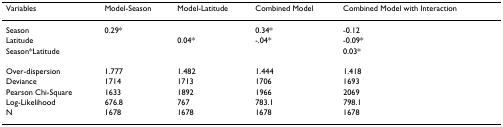
| Variables | Model-Season | Model-Latitude | Combined Model | Combined Model with Interaction |
 | --- | --- | --- | --- | --- |
 | Season | 0.29* |  | 0.34* | -0.12 |
 | Latitude |  | 0.04* | -.04* | -0.09* |
 | Season*Latitude |  |  |  | 0.03* |
 | Over-dispersion | 1.777 | 1.482 | 1.444 | 1.418 |
 | Deviance | 1714 | 1713 | 1706 | 1693 |
 | Pearson Chi-Square | 1633 | 1892 | 1966 | 2069 |
 | Log-Likelihood | 676.8 | 767 | 783.1 | 798.1 |
 | N | 1678 | 1678 | 1678 | 1678 |